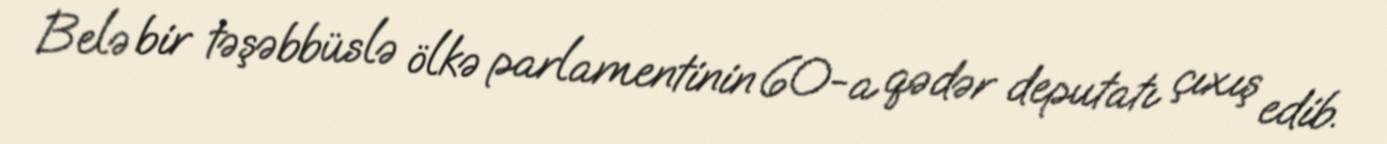
Belə bir təşəbbüslə ölkə parlamentinin 60-a qədər deputatı çıxış edib.